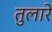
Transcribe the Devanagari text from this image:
तुलारे